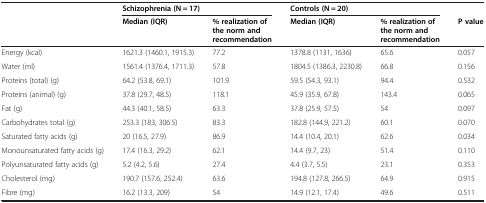
|  | <COLSPAN=2> Schizophrenia (N = 17) | <COLSPAN=2> Controls (N = 20) |  |
 |  | Median (IQR) | % realization of the norm and recommendation | Median (IQR) | % realization of the norm and recommendation | P value |
 | --- | --- | --- | --- | --- | --- |
 | Energy (kcal) | 1621.3 (1460.1, 1915.3) | 77.2 | 1378.8 (1131, 1636) | 65.6 | 0.057 |
 | Water (ml) | 1561.4 (1376.4, 1711.3) | 57.8 | 1804.5 (1386.3, 2230.8) | 66.8 | 0.156 |
 | Proteins (total) (g) | 64.2 (53.8, 69.1) | 101.9 | 59.5 (54.3, 93.1) | 94.4 | 0.532 |
 | Proteins (animal) (g) | 37.8 (29.7, 48.5) | 118.1 | 45.9 (35.9, 67.8) | 143.4 | 0.065 |
 | Fat (g) | 44.3 (40.1, 58.5) | 63.3 | 37.8 (25.9, 57.5) | 54 | 0.097 |
 | Carbohydrates total (g) | 253.3 (183, 306.5) | 83.3 | 182.8 (144.9, 221.2) | 60.1 | 0.070 |
 | Saturated fatty acids (g) | 20 (16.5, 27.9) | 86.9 | 14.4 (10.4, 20.1) | 62.6 | 0.034 |
 | Monounsaturated fatty acids (g) | 17.4 (16.3, 29.2) | 62.1 | 14.4 (9.7, 23) | 51.4 | 0.110 |
 | Polyunsaturated fatty acids (g) | 5.2 (4.2, 5.6) | 27.4 | 4.4 (3.7, 5.5) | 23.1 | 0.353 |
 | Cholesterol (mg) | 190.7 (157.6, 252.4) | 63.6 | 194.8 (127.8, 266.5) | 64.9 | 0.915 |
 | Fibre (mg) | 16.2 (13.3, 209) | 54 | 14.9 (12.1, 17.4) | 49.6 | 0.511 |